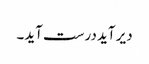
دیر آید درست آید۔